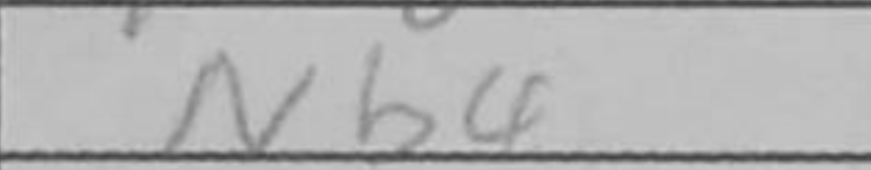
Transcription: Nb4